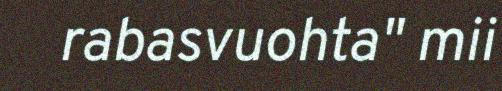
rabasvuohta" mii